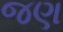
જણ